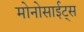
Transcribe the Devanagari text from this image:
मोनोसाईट्स